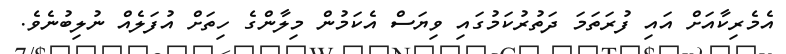
އެމެރިކާއަށް އައި ފުރަތަމަ ދަތުރުކަމުގައި ވިޔަސް އެކަމުން މިލާންގެ ހިތަށް އުފަލެއް ނުލިބުނެވެ.